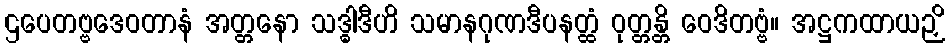
ဌပေတဗ္ဗဒေဝတာနံ အတ္တနော သဒ္ဓါဒီဟိ သမာနဂုဏဒီပနတ္ထံ ဝုတ္တန္တိ ဝေဒိတဗ္ဗံ။ အဋ္ဌကထာယဉှိ